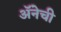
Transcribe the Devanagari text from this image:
अॅनेची